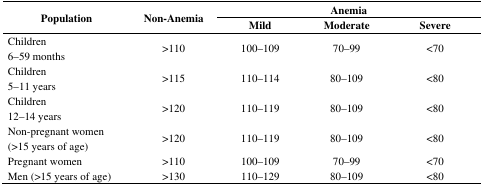
<table><thead><tr><td rowspan="2"><b>Population</b></td><td rowspan="2"><b>Non-Anemia</b></td><td colspan="3"><b>Anemia</b></td></tr><tr><td><b>Mild</b></td><td><b>Moderate</b></td><td><b>Severe</b></td></tr></thead><tbody><tr><td>Children6–59 months</td><td>&gt;110</td><td>100–109</td><td>70–99</td><td>&lt;70</td></tr><tr><td>Children5–11 years</td><td>&gt;115</td><td>110–114</td><td>80–109</td><td>&lt;80</td></tr><tr><td>Children12–14 years</td><td>&gt;120</td><td>110–119</td><td>80–109</td><td>&lt;80</td></tr><tr><td>Non-pregnant women (&gt;15 years of age)</td><td>&gt;120</td><td>110–119</td><td>80–109</td><td>&lt;80</td></tr><tr><td>Pregnant women</td><td>&gt;110</td><td>100–109</td><td>70–99</td><td>&lt;70</td></tr><tr><td>Men (&gt;15 years of age)</td><td>&gt;130</td><td>110–129</td><td>80–109</td><td>&lt;80</td></tr></tbody></table>